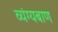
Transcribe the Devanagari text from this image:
व्यंग्यबाण